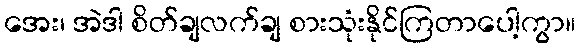
အေး၊ အဲဒါ စိတ်ချလက်ချ စားသုံးနိုင်ကြတာပေါ့ကွာ။